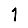
Digit: 1